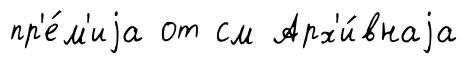
пр'е́м'иjа от см Арх'и́внаjа